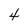
Character: 4